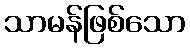
သာမန်ဖြစ်သော